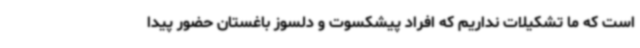
است که ما تشکیلات نداریم که افراد پیشکسوت و دلسوز باغستان حضور پیدا